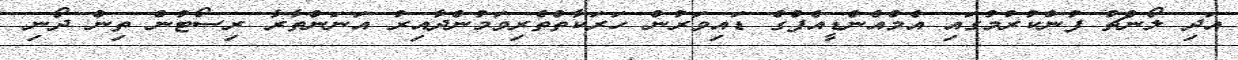
އަދި ލޯންޗު ފުންކުރުމުގައި އެމްއެންޑީއެފްގެ ޑައިވަރުން ހަރަކާތްތެރިވަމުންދާއިރު އަނަންތާރާ ރިސޯޓުން ތިން ދޯނި